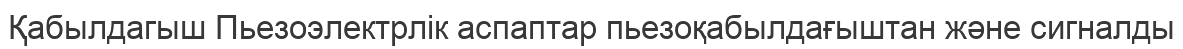
Қабылдагыш Пьезоэлектрлік аспаптар пьезоқабылдағыштан және сигналды